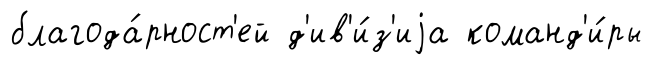
благода́рност'ей д'ив'и́з'иjа команд'и́ры